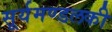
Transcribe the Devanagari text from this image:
सूर्यमण्डलकी